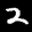
Label: 2